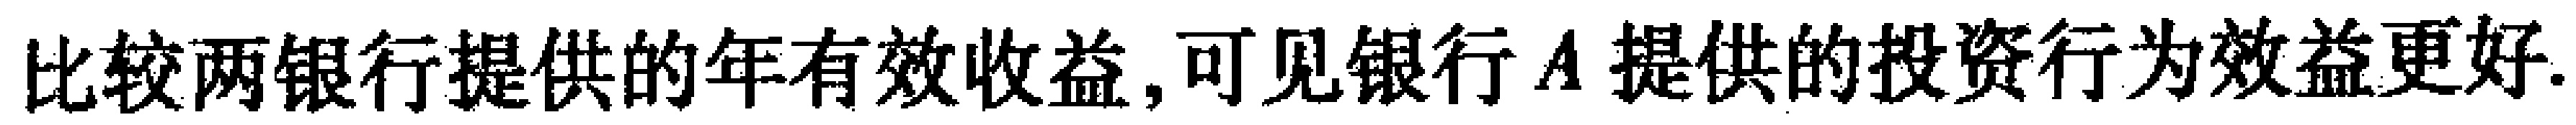
比较两银行提供的年有效收益,可见银行\(A\)提供的投资行为效益更好.